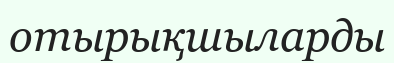
отырықшыларды